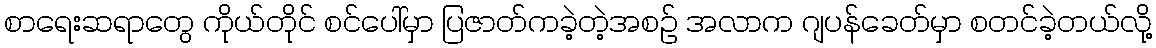
စာရေးဆရာတွေ ကိုယ်တိုင် စင်ပေါ်မှာ ပြဇာတ်ကခဲ့တဲ့အစဉ် အလာက ဂျပန်ခေတ်မှာ စတင်ခဲ့တယ်လို့